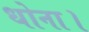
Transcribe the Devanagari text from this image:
धोना।